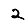
Digit: 2